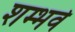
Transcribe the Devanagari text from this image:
शम्भवे